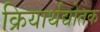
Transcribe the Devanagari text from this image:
क्रियार्थद्योतक